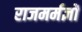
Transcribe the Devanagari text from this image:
राजमर्मज्ञों